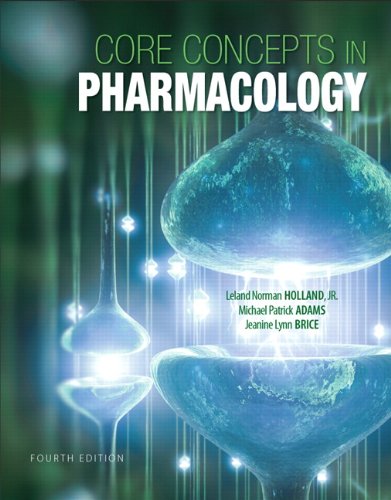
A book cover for Core Concepts in Pharmacology (4th Edition); Norm Holland Ph.D; Medical Books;